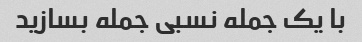
با یک جمله نسبی جمله بسازید